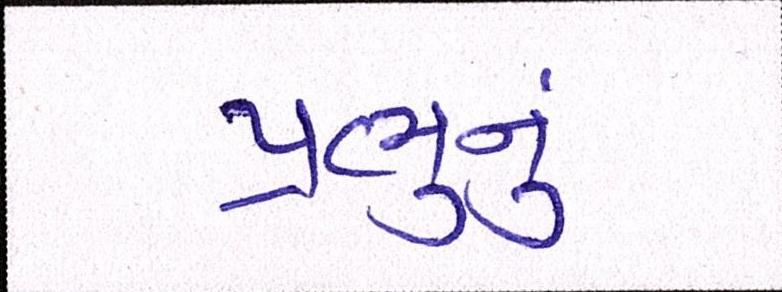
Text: પ્રભુનું